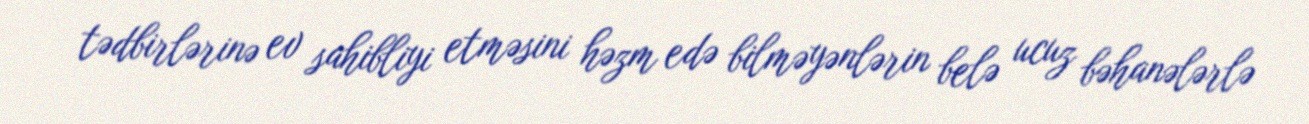
tədbirlərinə ev sahibliyi etməsini həzm edə bilməyənlərin belə ucuz bəhanələrlə